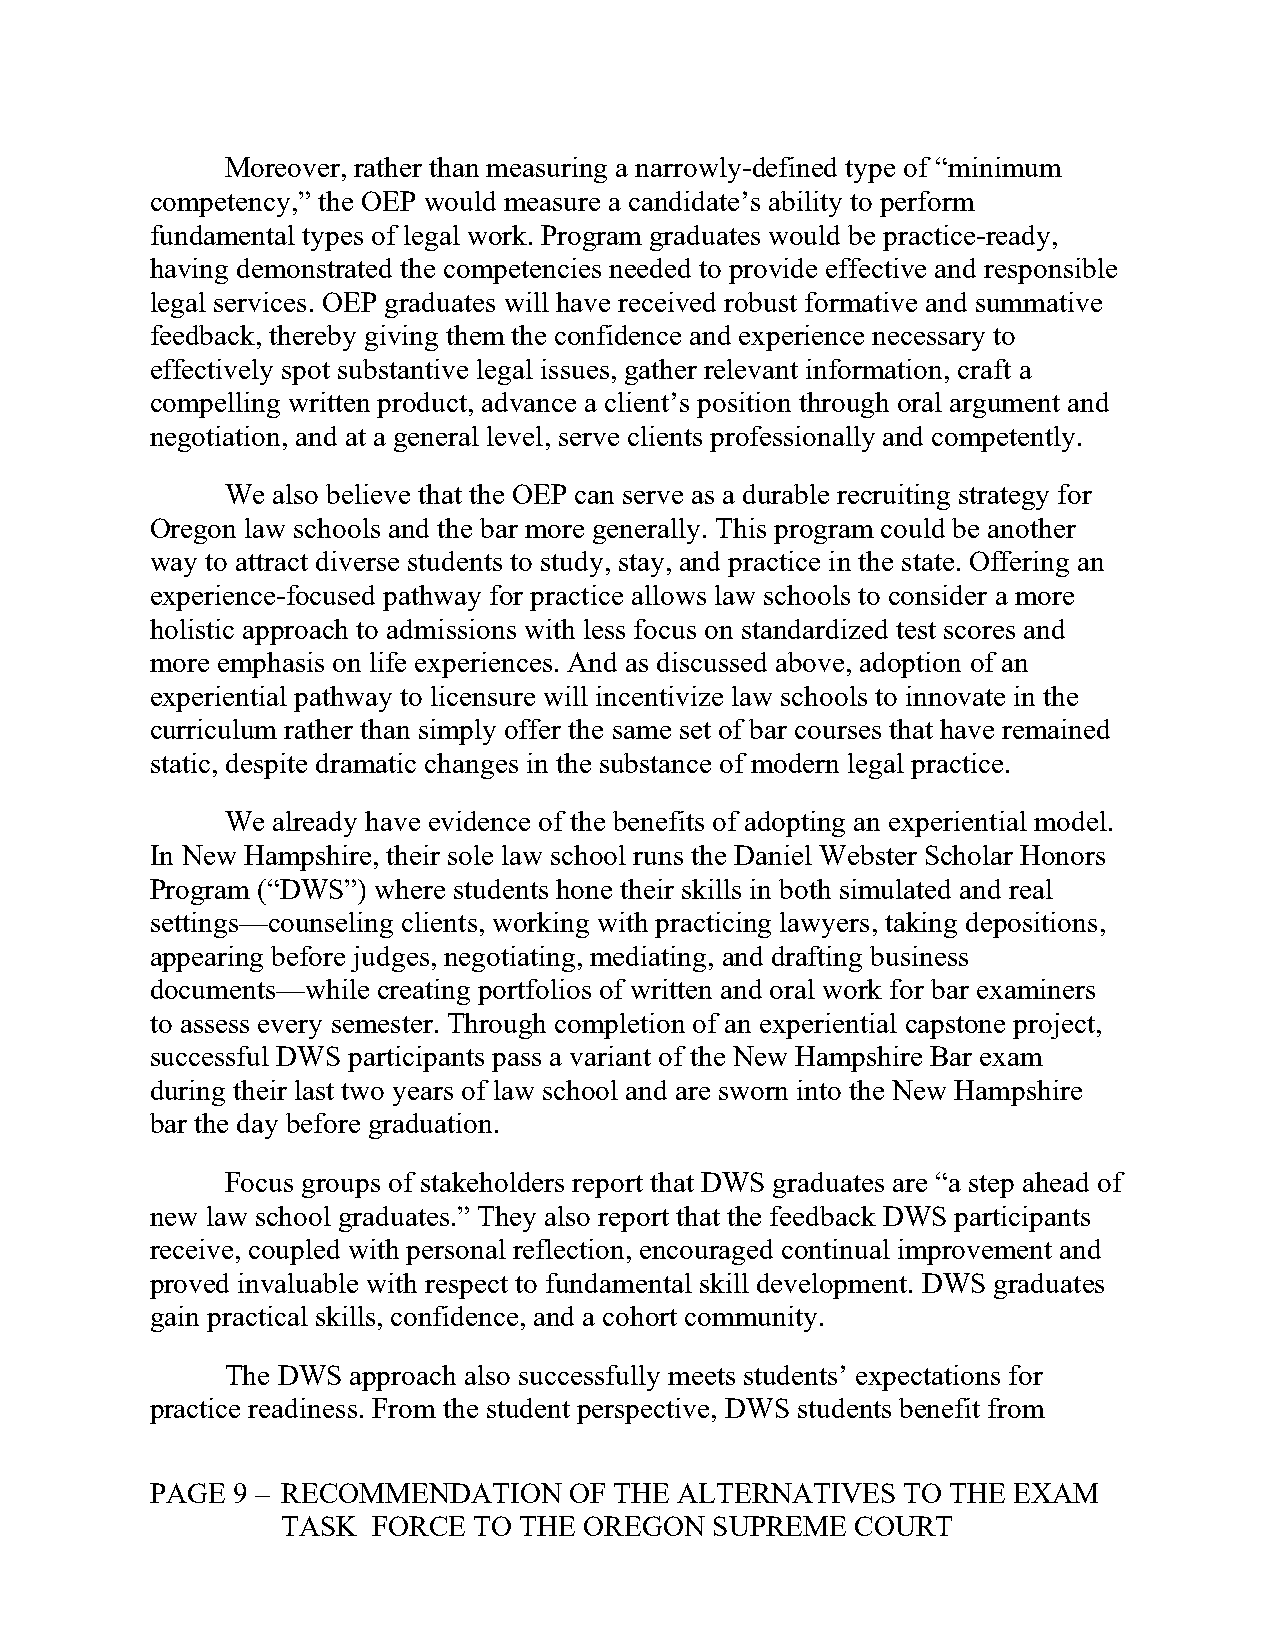
Moreover, rather than measuring a narrowly-defined type of “minimum
 competency,” the OEP would measure a candidate’s ability to perform
 fundamental types of legal work. Program graduates would be practice-ready,
 having demonstrated the competencies needed to provide effective and responsible
 legal services. OEP graduates will have received robust formative and summative
 feedback, thereby giving them the confidence and experience necessary to
 effectively spot substantive legal issues, gather relevant information, craft a
 compelling written product, advance a client’s position through oral argument and
 negotiation, and at a general level, serve clients professionally and competently.
 We also believe that the OEP can serve as a durable recruiting strategy for
 Oregon law schools and the bar more generally. This program could be another
 way to attract diverse students to study, stay, and practice in the state. Offering an
 experience-focused pathway for practice allows law schools to consider a more
 holistic approach to admissions with less focus on standardized test scores and
 more emphasis on life experiences. And as discussed above, adoption of an
 experiential pathway to licensure will incentivize law schools to innovate in the
 curriculum rather than simply offer the same set of bar courses that have remained
 static, despite dramatic changes in the substance of modern legal practice.
 We already have evidence of the benefits of adopting an experiential model.
 In New Hampshire, their sole law school runs the Daniel Webster Scholar Honors
 Program (“DWS”) where students hone their skills in both simulated and real
 settings—counseling clients, working with practicing lawyers, taking depositions,
 appearing before judges, negotiating, mediating, and drafting business
 documents—while creating portfolios of written and oral work for bar examiners
 to assess every semester. Through completion of an experiential capstone project,
 successful DWS participants pass a variant of the New Hampshire Bar exam
 during their last two years of law school and are sworn into the New Hampshire
 bar the day before graduation.
 Focus groups of stakeholders report that DWS graduates are “a step ahead of
 new law school graduates.” They also report that the feedback DWS participants
 receive, coupled with personal reflection, encouraged continual improvement and
 proved invaluable with respect to fundamental skill development. DWS graduates
 gain practical skills, confidence, and a cohort community.
 The DWS approach also successfully meets students’ expectations for
 practice readiness. From the student perspective, DWS students benefit from
 PAGE 9 – RECOMMENDATION     OF THE ALTERNATIVES   TO THE EXAM
 TASK  FORCE TO THE  OREGON  SUPREME   COURT